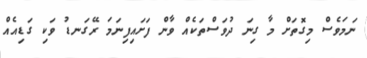
ނަމަވެސް މިގޮތަށް މާ ގިނަ ދުވަސްތަކެއް ވާން ފަށައިފިނަމަ ރޭގަނޑު ވަކި ގަޑިއެއް